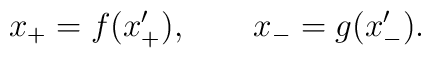
x_+=f(x^{\prime}_+),\ \ \ \ \ \ x_-=g(x^{\prime}_-).